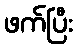
ဖက်ပြီး